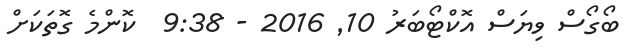
ބޯގޯސް ވިޔަސް އޮކްޓޯބަރު 10